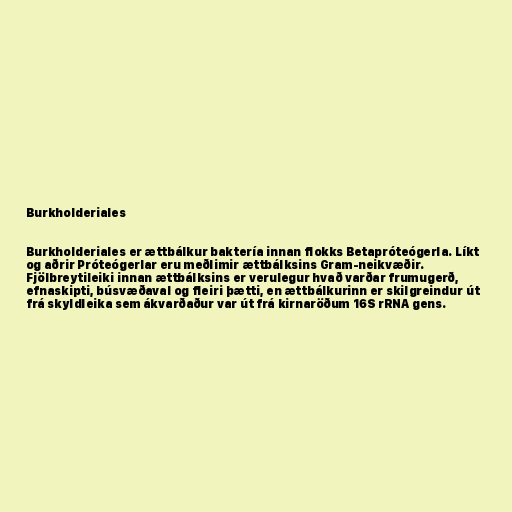
Burkholderiales

Burkholderiales er ættbálkur baktería innan flokks Betapróteógerla. Líkt
og aðrir Próteógerlar eru meðlimir ættbálksins Gram-neikvæðir.
Fjölbreytileiki innan ættbálksins er verulegur hvað varðar frumugerð,
efnaskipti, búsvæðaval og fleiri þætti, en ættbálkurinn er skilgreindur út
frá skyldleika sem ákvarðaður var út frá kirnaröðum 16S rRNA gens.